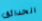
الحدائق